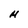
Character: M